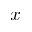
x